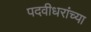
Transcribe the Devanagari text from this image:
पदवीधरांच्या